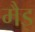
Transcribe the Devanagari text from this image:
मैइ